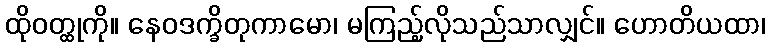
ထိုဝတ္ထုကို။ နေဝဒက္ခိတုကာမော၊ မကြည့်လိုသည်သာလျှင်။ ဟောတိယထာ၊